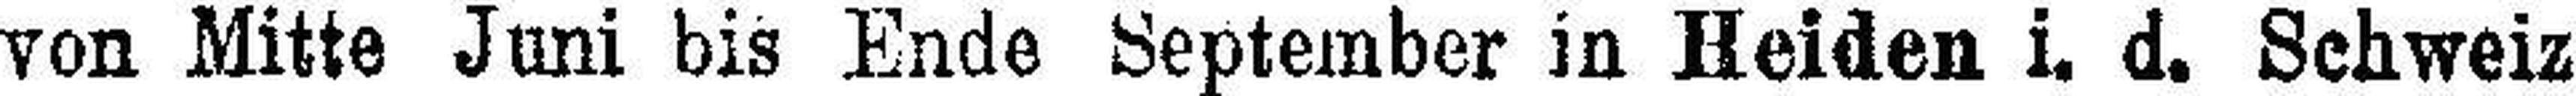
von Mitte Juni bis Ende September in Heiden i. d. Schweiz